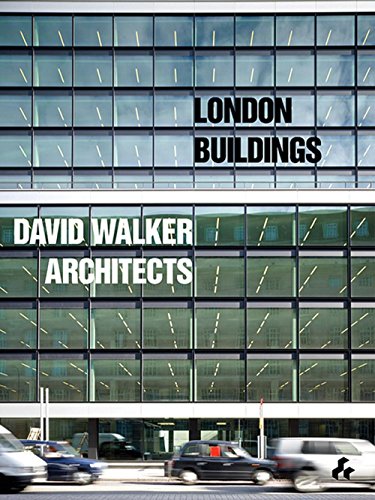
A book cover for London Buildings: David Walker Architects; David Walker; Arts & Photography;